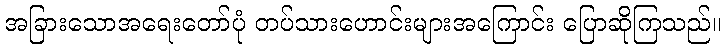
အခြားသောအရေးတော်ပုံ တပ်သားဟောင်းများအကြောင်း ပြောဆိုကြသည်။